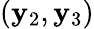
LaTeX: (\mathbf{y}_{2},\mathbf{y}_{3})